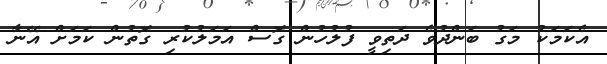
އެކަމަކު މަގު ބަންދުވެ ދަތިވީ ފުލުހުން ގޮސް އަމަލުކުރި ގޮތުން ކަމަށް އޭނާ